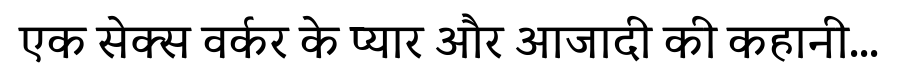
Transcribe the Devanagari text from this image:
एक सेक्स वर्कर के प्यार और आजादी की कहानी...